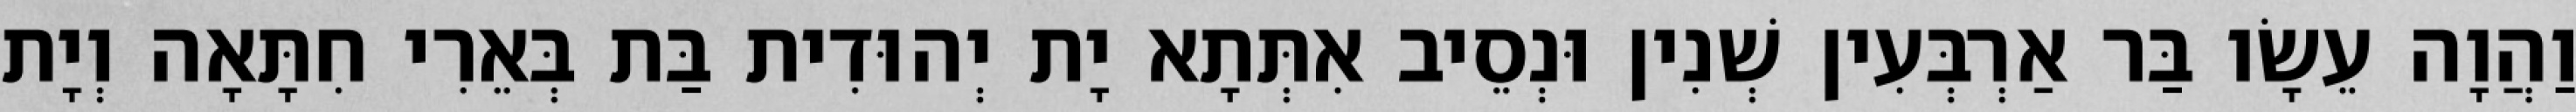
וַהֲוָה עֵשָׂו בַּר אַרְבְּעִין שְׁנִין וּנְסֵיב אִתְּתָא יָת יְהוּדִית בַּת בְּאֵרִי חִתָּאָה וְיָת